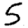
Digit: 5